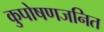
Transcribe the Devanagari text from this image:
कुपोषणजनित